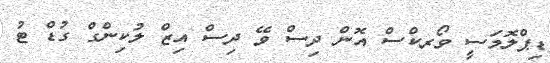
ޑިޕްލޮމަސީ ވޯރކްސް އޮން ދިސް ވޭ ދިސް އިޒް ލުކިންގް ގުޑް ޓު